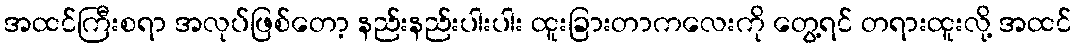
အထင်ကြီးစရာ အလုပ်ဖြစ်တော့ နည်းနည်းပါးပါး ထူးခြားတာကလေးကို တွေ့ရင် တရားထူးလို့ အထင်